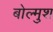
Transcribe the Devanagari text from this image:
बोल्मुश